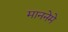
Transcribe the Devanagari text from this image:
माननेमे